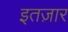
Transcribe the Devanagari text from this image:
इतज़ार